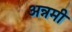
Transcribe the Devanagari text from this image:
अन्नमी